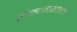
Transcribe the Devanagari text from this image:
लैन्डनामाबोक